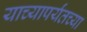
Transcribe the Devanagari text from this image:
याच्यापर्यंतच्या